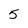
Character: 5